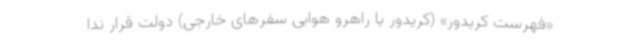
«فهرست کریدور» (کریدور یا راهرو هوایی سفرهای خارجی) دولت قرار ندا